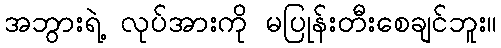
အဘွားရဲ့ လုပ်အားကို မပြုန်းတီးစေချင်ဘူး။